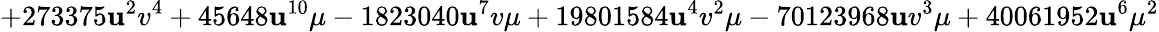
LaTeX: +273375\mathbf{u}^{2}v^{4}+45648\mathbf{u}^{10}\mu-1823040\mathbf{u}^{7}v\mu+19801584\mathbf{u}^{4}v^{2}\mu-70123968\mathbf{u}v^{3}\mu+40061952\mathbf{u}^{6}{\mu}^{2}